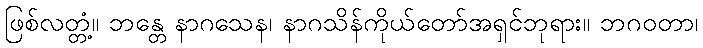
ဖြစ်လတ္တံ့။ ဘန္တေ နာဂသေန၊ နာဂသိန်ကိုယ်တော်အရှင်ဘုရား။ ဘဂဝတာ၊